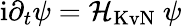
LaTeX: \mathrm{i}\partial_{t}\psi=\mathcal{H}_{\mathrm{KvN}}~\psi